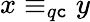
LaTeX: x\equiv_{q\mathtt{c}}y